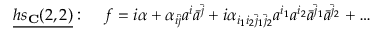
\underline { { { h s _ { \bf C } ( 2 , 2 ) } } } : \; \; \; \; f = i \alpha + \alpha _ { i \bar { j } } a ^ { i } \bar { a } ^ { \bar { j } } + i \alpha _ { i _ { 1 } i _ { 2 } \bar { j } _ { 1 } \bar { j } _ { 2 } } a ^ { i _ { 1 } } a ^ { i _ { 2 } } \bar { a } ^ { \bar { j } _ { 1 } } \bar { a } ^ { \bar { j } _ { 2 } } + \ldots